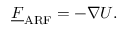
\underline { { F } } _ { \mathrm { A R F } } = - \boldsymbol { \nabla } U .